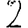
Digit: 2